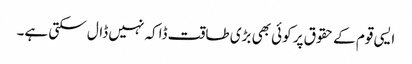
ایسی قوم کے حقوق پر کوئی بھی بڑی طاقت ڈاکہ نہیں ڈال سکتی ہے۔